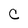
Character: C